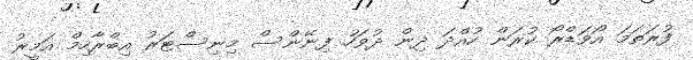
ފުރަތަމަ އޯވަޑްރޯ ކުރަން ހުއްދަ ދިން ދުވަހު ފިނޭންސް މިނިސްޓަރު އިބްރާހިމް އަމީރު